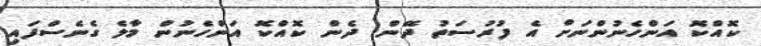
ކޮއްކޮ އަންހެނުންނަށް އެ ފުރުސަތު ދޭން. ދެން ކޮއްކޮ އަންހެނުން މާލެ ގެނެސްފައި